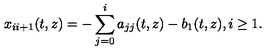
x _ { i i + 1 } ( t , z ) = - \sum _ { j = 0 } ^ { i } a _ { j j } ( t , z ) - b _ { 1 } ( t , z ) , i \geq 1 .